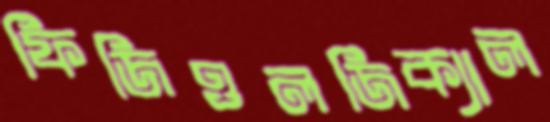
ফিজিওলজিক্যাল